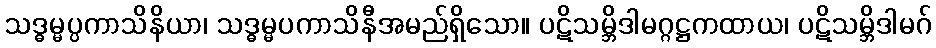
သဒ္ဓမ္မပ္ပကာသိနိယာ၊ သဒ္ဓမ္မပကာသိနီအမည်ရှိသော။ ပဋိသမ္ဘိဒါမဂ္ဂဋ္ဌကထာယ၊ ပဋိသမ္ဘိဒါမဂ်